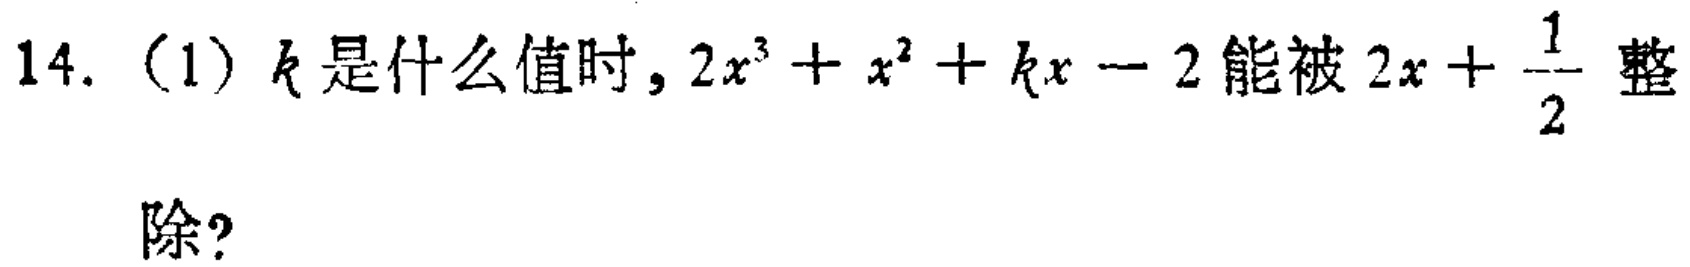
14.（1）$k$是什么值时，$2x^{3}+x^{2}+kx - 2$能被$2x+\frac{1}{2}$整除？